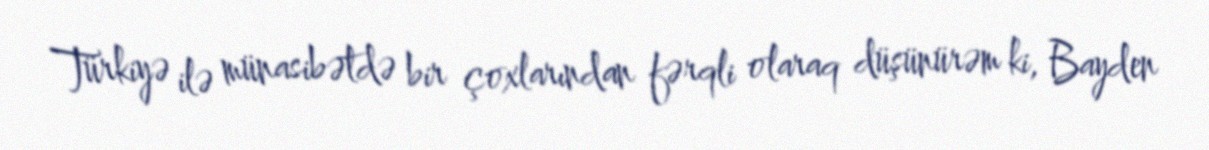
Türkiyə ilə münasibətdə bir çoxlarından fərqli olaraq düşünürəm ki, Bayden